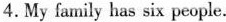
4.My family has six people.